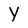
Character: Y